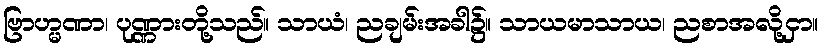
ဗြာဟ္မဏာ၊ ပုဏ္ဏားတို့သည်။ သာယံ၊ ညချမ်းအခါ၌။ သာယမာသာယ၊ ညစာအလို့ငှာ။